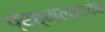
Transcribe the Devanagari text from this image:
प्रह्मलाददेव